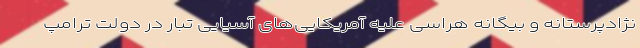
نژادپرستانه و بیگانه هراسی علیه آمریکایی‌های آسیایی تبار در دولت ترامپ